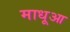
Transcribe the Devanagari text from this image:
माधूआ